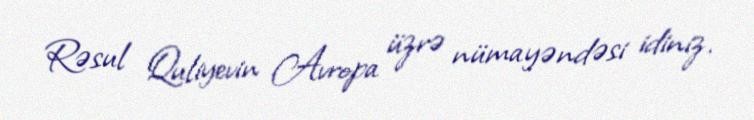
Rəsul Quliyevin Avropa üzrə nümayəndəsi idiniz.